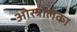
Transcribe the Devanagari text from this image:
ओस्त्रोलेका